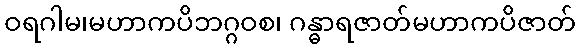
ဝရဂါမ၊မဟာကပိဘဂ္ဂဝစ၊ ဂန္ဓာရဇာတ်မဟာကပိဇာတ်